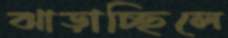
ঝাড়াচ্ছিলে